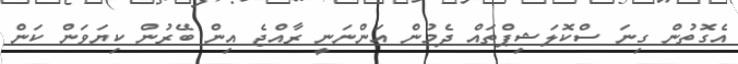
އެގޮތުން ގިނަ ސްކޮލަޝިޕްތައް ދެމުން އަންނަނީ ރާއްޖެ އިން ބޭރުން ކިޔަވަން ކަން